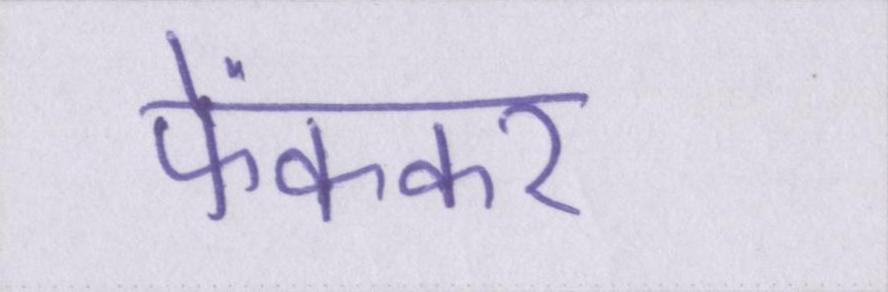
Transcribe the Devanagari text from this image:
फेंककर